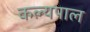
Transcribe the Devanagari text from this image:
कल्यपाल